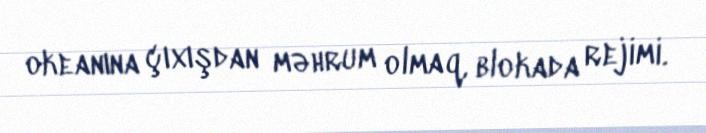
okeanına çıxışdan məhrum olmaq, blokada rejimi.